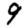
Digit: 9